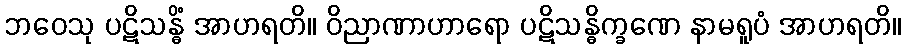
ဘဝေသု ပဋိသန္ဓိံ အာဟရတိ။ ဝိညာဏာဟာရော ပဋိသန္ဓိက္ခဏေ နာမရူပံ အာဟရတိ။